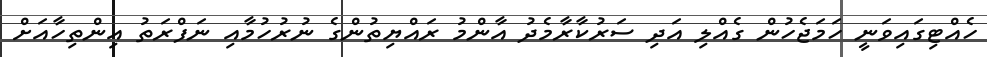
ހެއްޓިގައިވަނީ ހަމަޖެހުން ގެއްލި އަދި ސަރުކާރާމެދު އާންމު ރައްޔިތުންގެ ނުރުހުމާއި ނަފްރަތު އިންތިހާއަށް